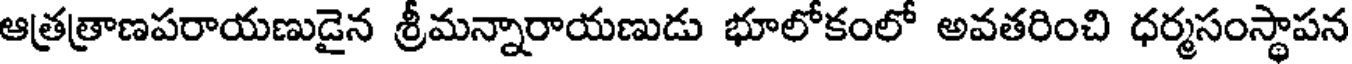
ఆత్రత్రాణపరాయణుడైన శ్రీమన్నారాయణుడు భూలోకంలో అవతరించి ధర్మసంస్థాపన